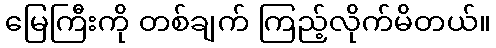
မြေကြီးကို တစ်ချက် ကြည့်လိုက်မိတယ်။